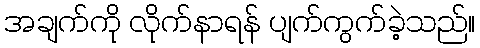
အချက်ကို လိုက်နာရန် ပျက်ကွက်ခဲ့သည်။